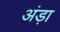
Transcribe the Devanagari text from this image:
अंड़ा